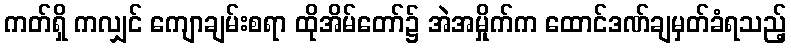
ကတ်ရှိ ကလျှင် ကျောချမ်းစရာ ထိုအိမ်တော်၌ အဲအမှိုက်က ထောင်ဒဏ်ချမှတ်ခံရသည့်